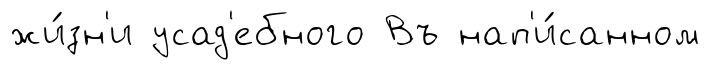
жи́зн'и усад'ебного Въ нап'и́санном